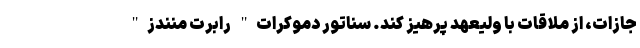
جازات، از ملاقات با ولیعهد پرهیز کند. سناتور دموکرات" رابرت منندز"